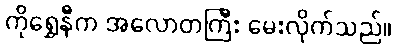
ကိုရွှေနီက အလောတကြီး မေးလိုက်သည်။